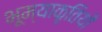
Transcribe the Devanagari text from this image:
भूम्याकृतियों